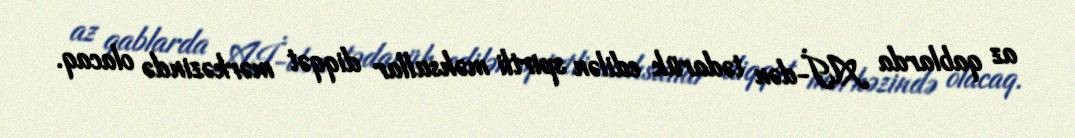
az qablarda Aİ-dən tədarük edilən spirtli məhsullar diqqət mərkəzində olacaq.